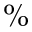
\%